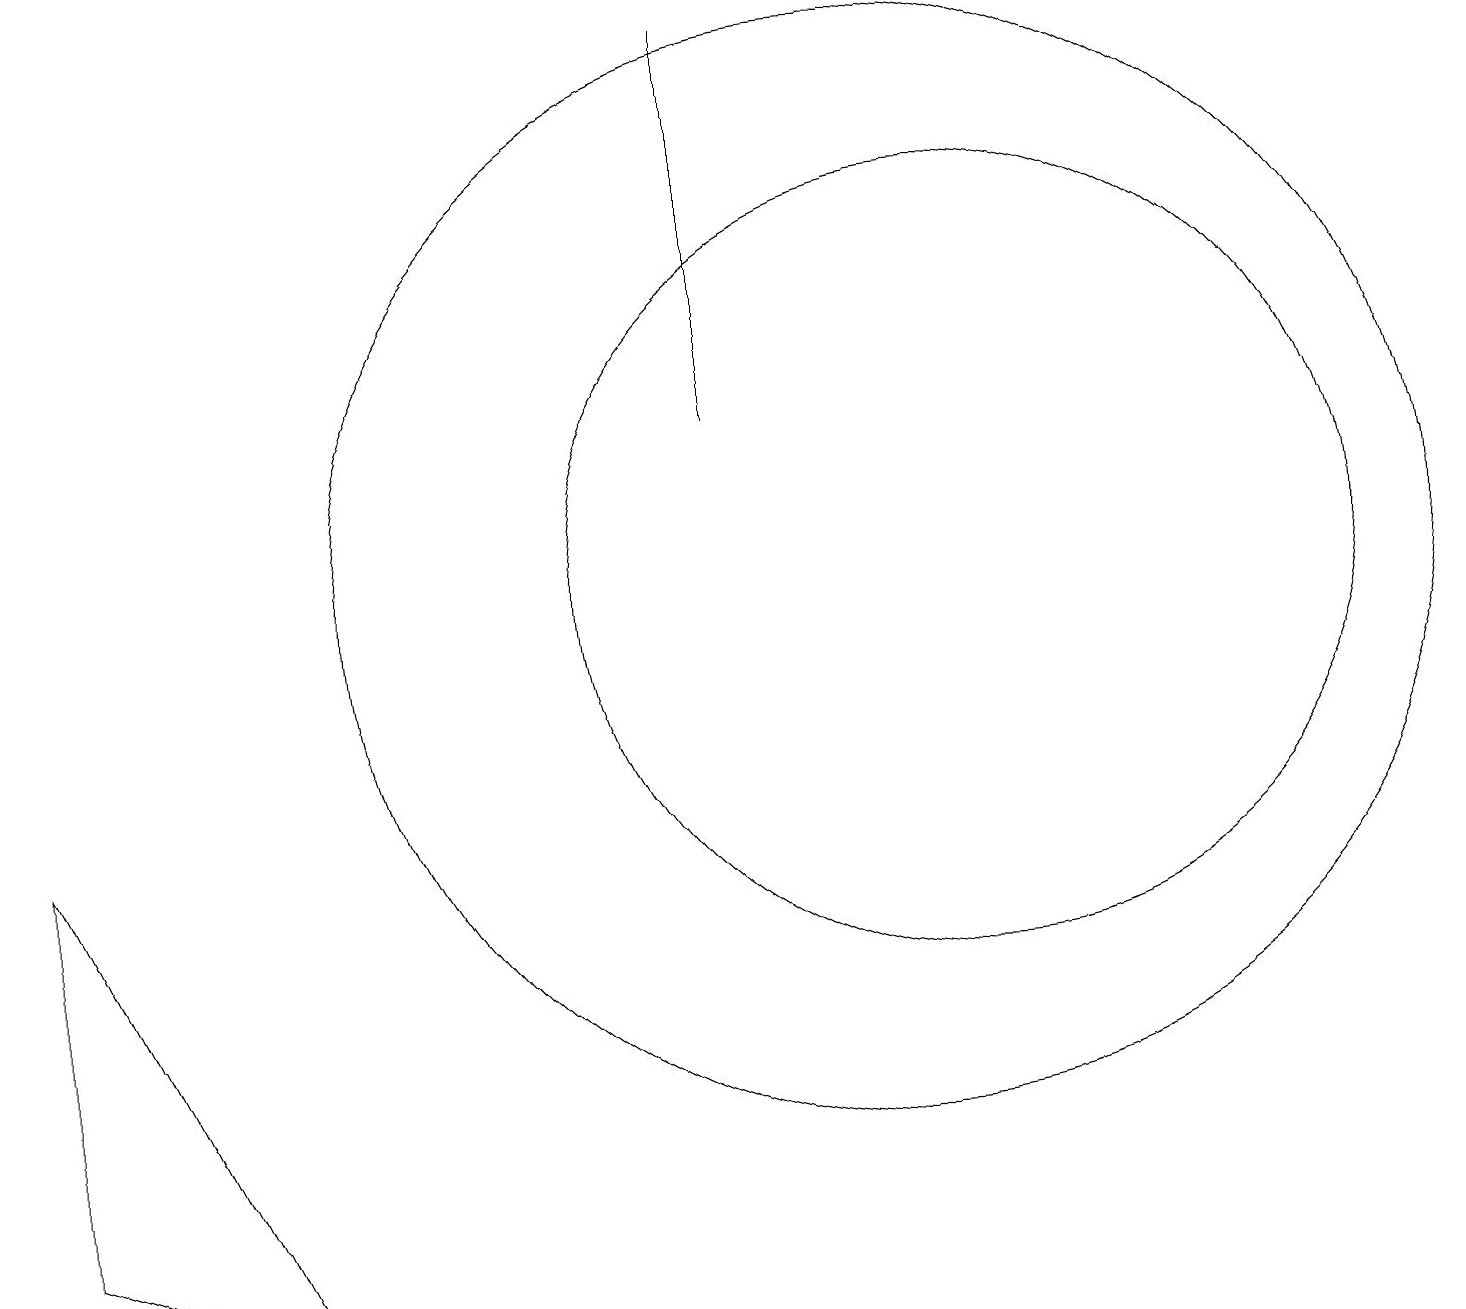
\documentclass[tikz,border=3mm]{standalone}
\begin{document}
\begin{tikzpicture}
\draw (11,10) circle (7);
\draw (12,10) circle (5);
\draw (9,17) rectangle (9,12);
\draw (0,2) -- (0,7) -- (3,1) -- cycle;
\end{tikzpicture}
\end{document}